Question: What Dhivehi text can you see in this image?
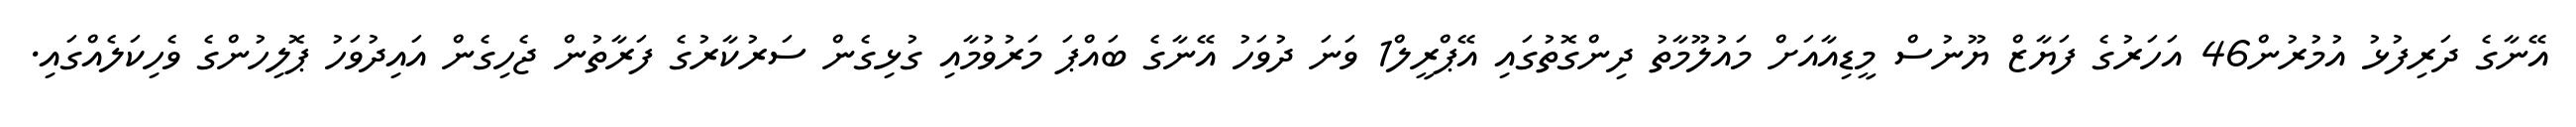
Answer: އޭނާގެ ދަރިފުޅު އުމުރުން46 އަހަރުގެ ފަޔާޒް ޔޫނުސް މީޑިއާއަށް މައުލޫމާތު ދިންގޮތުގައި އޭޕްރީލް1 ވަނަ ދުވަހު އޭނާގެ ބައްޕަ މަރުވުމާއި ގުޅިގެން ސަރުކާރުގެ ފަރާތުން ޖެހިގެން އައިދުވަހު ޕޮލިހުންގެ ވެހިކަލެއްގައި.